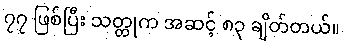
၇၇ ဖြစ်ပြီး သတ္တုက အဆင့် ၈၃ ချိတ်တယ်။